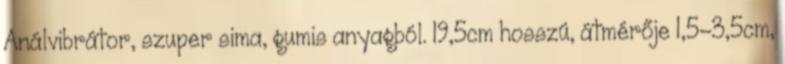
Análvibrátor, szuper sima, gumis anyagból. 19,5cm hosszú, átmérője 1,5-3,5cm,